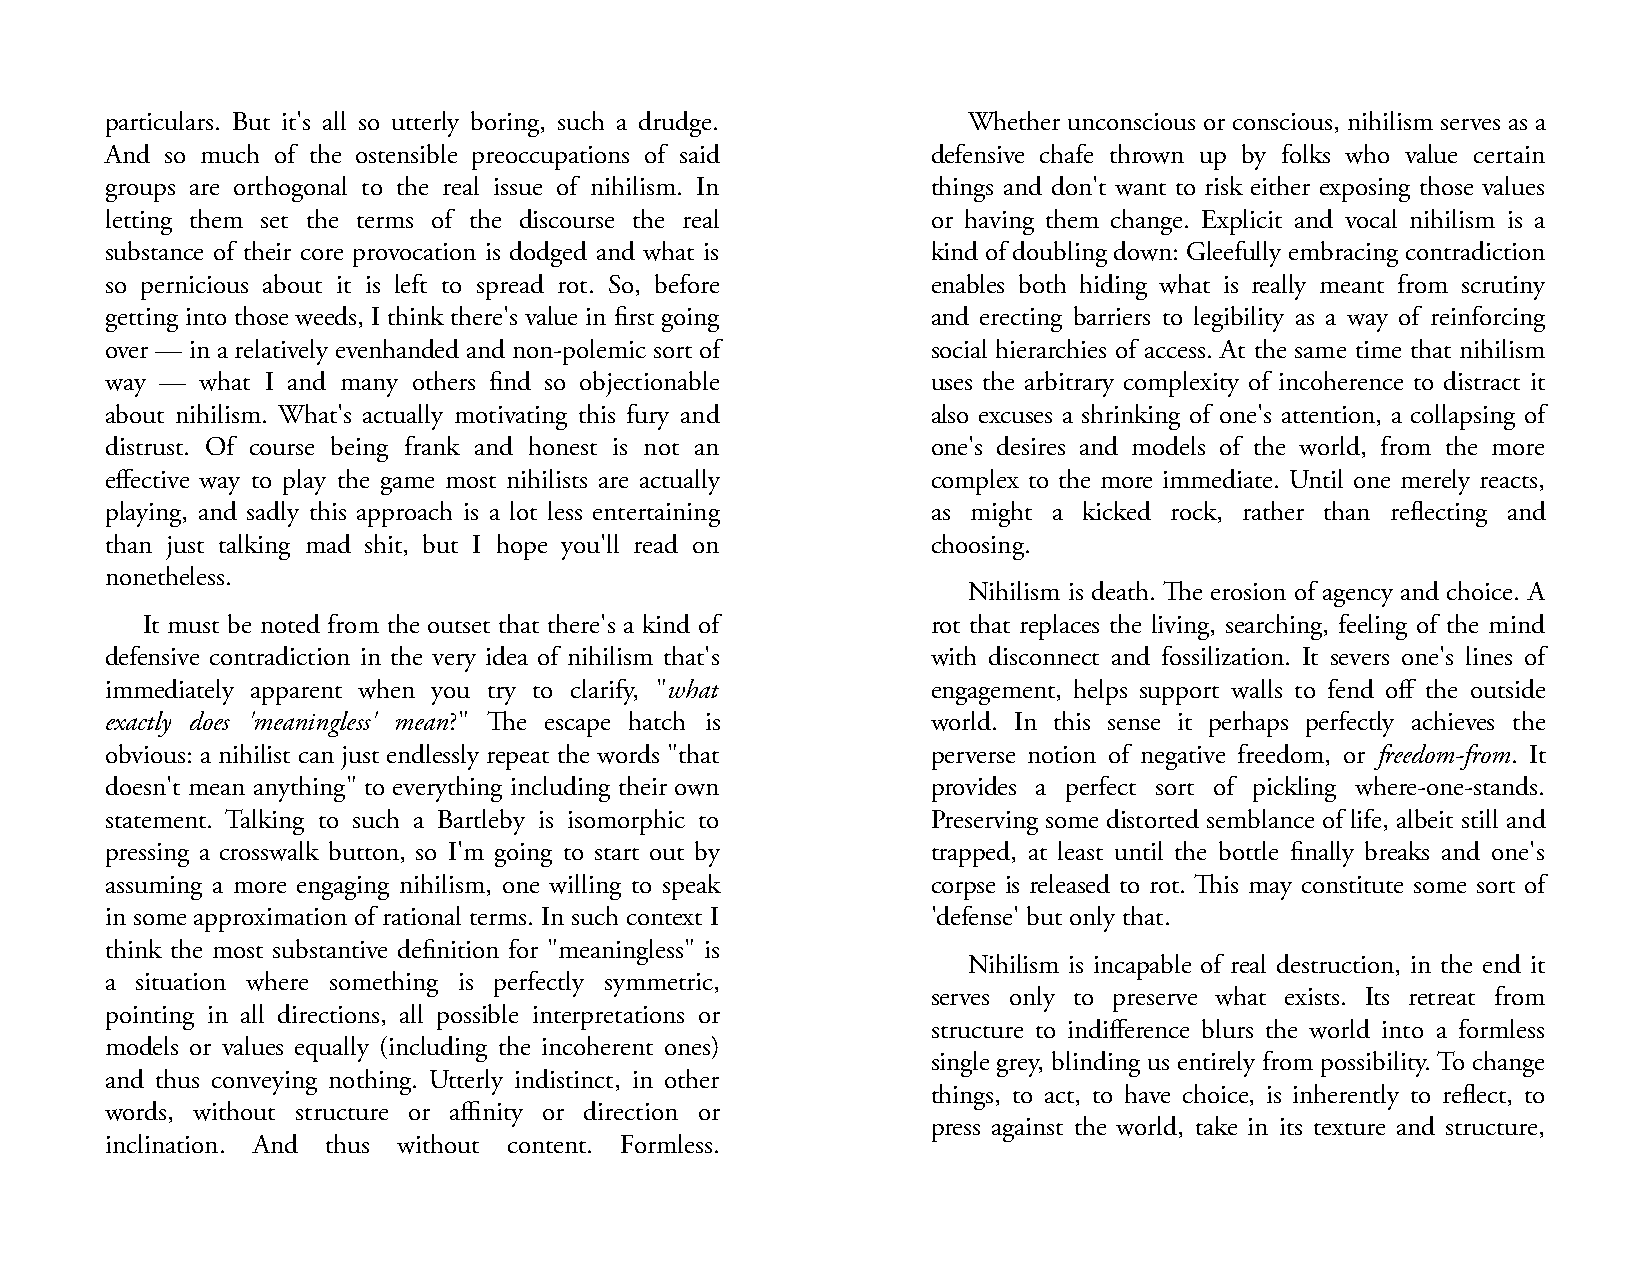
particulars. But it's all so utterly boring, such a drudge. Whether unconscious or conscious, nihilism serves as a
 And so much of the ostensible preoccupations of said   defensive chafe thrown up by folks who value certain
 groups are orthogonal to the real issue of nihilism. In things and don't want to risk either exposing those values
 letting them set the terms of the discourse the real   or having them change. Explicit and vocal nihilism is a
 substance of their core provocation is dodged and what is kind of doubling down: Gleefully embracing contradiction
 so pernicious about it is left to spread rot. So, before enables both hiding what is really meant from scrutiny
 getting into those weeds, I think there's value in first going and erecting barriers to legibility as a way of reinforcing
 over — in a relatively evenhanded and non-polemic sort of social hierarchies of access. At the same time that nihilism
 way — what I and many others find so objectionable     uses the arbitrary complexity of incoherence to distract it
 about nihilism. What's actually motivating this fury and also excuses a shrinking of one's attention, a collapsing of
 distrust. Of course being frank and honest is not an   one's desires and models of the world, from the more
 effective way to play the game most nihilists are actually complex to the more immediate. Until one merely reacts,
 playing, and sadly this approach is a lot less entertaining as might a kicked rock, rather than reflecting and
 than just talking mad shit, but I hope you'll read on  choosing.
 nonetheless.
 Nihilism is death. The erosion of agency and choice. A
 It must be noted from the outset that there's a kind of rot that replaces the living, searching, feeling of the mind
 defensive contradiction in the very idea of nihilism that's with disconnect and fossilization. It severs one's lines of
 immediately apparent when you try to clarify, "what    engagement, helps support walls to fend off the outside
 exactly does 'meaningless' mean?" The escape hatch is  world. In this sense it perhaps perfectly achieves the
 obvious: a nihilist can just endlessly repeat the words "that perverse notion of negative freedom, or freedom-from. It
 doesn't mean anything" to everything including their own provides a perfect sort of pickling where-one-stands.
 statement. Talking to such a Bartleby is isomorphic to Preserving some distorted semblance of life, albeit still and
 pressing a crosswalk button, so I'm going to start out by trapped, at least until the bottle finally breaks and one's
 assuming a more engaging nihilism, one willing to speak corpse is released to rot. This may constitute some sort of
 in some approximation of rational terms. In such context I 'defense' but only that.
 think the most substantive definition for "meaningless" is
 Nihilism is incapable of real destruction, in the end it
 a situation where something is perfectly symmetric,
 serves only to preserve what exists. Its retreat from
 pointing in all directions, all possible interpretations or
 structure to indifference blurs the world into a formless
 models or values equally (including the incoherent ones)
 single grey, blinding us entirely from possibility. To change
 and thus conveying nothing. Utterly indistinct, in other
 things, to act, to have choice, is inherently to reflect, to
 words, without structure or affinity or direction or
 press against the world, take in its texture and structure,
 inclination. And thus without content. Formless.